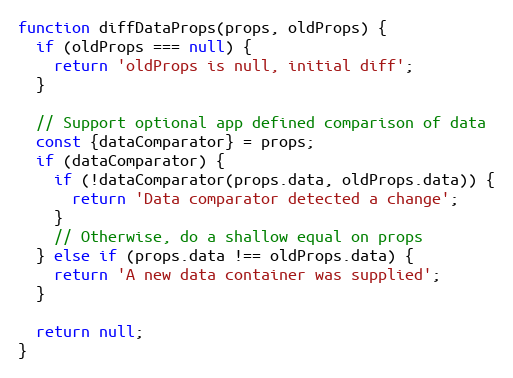
Language: JavaScript
function diffDataProps(props, oldProps) {
  if (oldProps === null) {
    return 'oldProps is null, initial diff';
  }

  // Support optional app defined comparison of data
  const {dataComparator} = props;
  if (dataComparator) {
    if (!dataComparator(props.data, oldProps.data)) {
      return 'Data comparator detected a change';
    }
    // Otherwise, do a shallow equal on props
  } else if (props.data !== oldProps.data) {
    return 'A new data container was supplied';
  }

  return null;
}